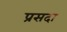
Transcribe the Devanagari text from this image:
प्रसदा